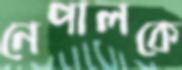
নেপালকে